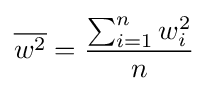
{\overline {w^{2}}}={\frac {\sum _{i=1}^{n}w_{i}^{2}}{n}}